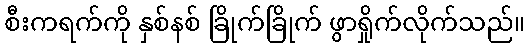
စီးကရက်ကို နှစ်နစ် ခြိုက်ခြိုက် ဖွာရှိုက်လိုက်သည်။